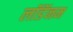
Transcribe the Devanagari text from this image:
लॉडॅनम